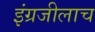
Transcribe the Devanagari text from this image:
इंग्रजीलाच